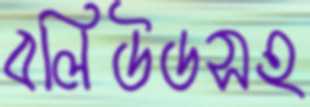
বলিউডসহ